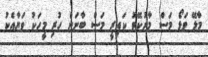
މާލޭ ވަޅޯ މަސް މާރުކޭޓު ކައިރީ މަސް ބާނަން ހުރި މީހަކު ވަޔާއެކު